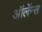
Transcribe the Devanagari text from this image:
ऑर्लेन्स